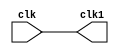
module lab00_test(
    input wire clk,

    output wire clk1
);

assign clk1 = clk;

endmodule